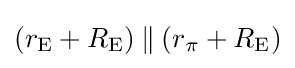
(r_{\mathrm {E} }+R_{\mathrm {E} })\mathbin {\|} (r_{\pi }+R_{\mathrm {E} })